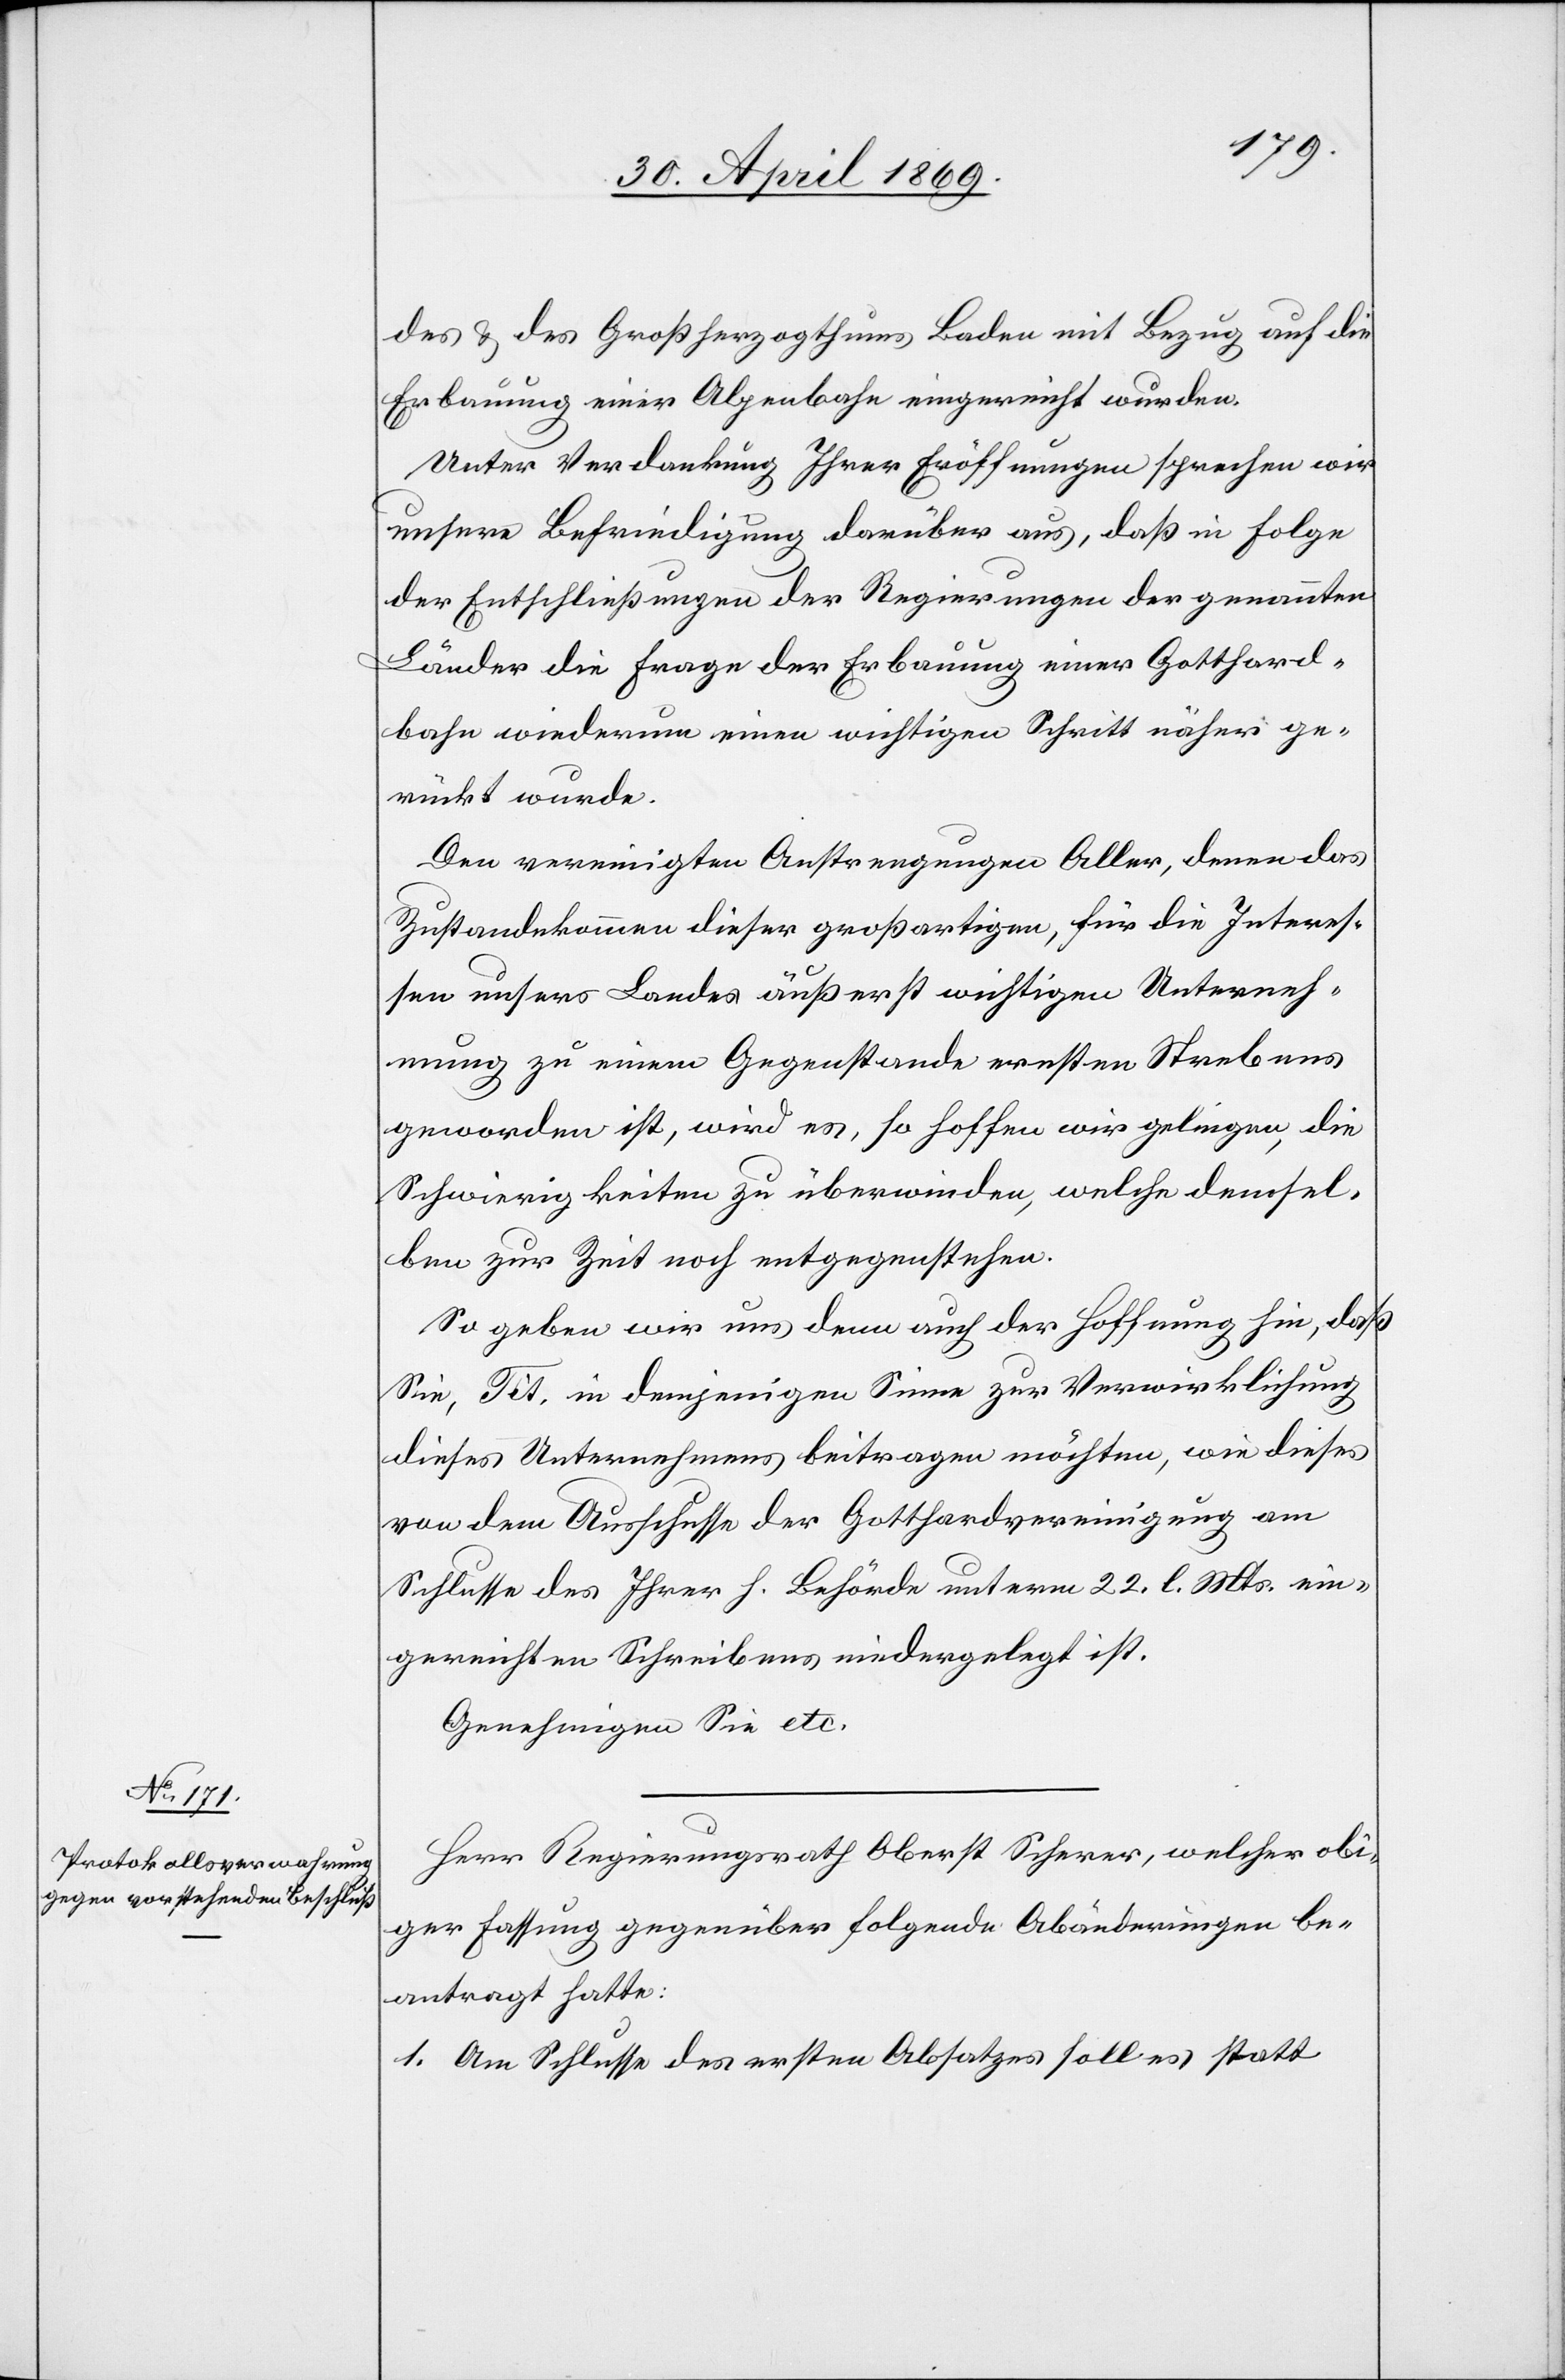
des u. des Großherzogthums Baden mit Bezug auf die
Erbauung einer Alpenbahn eingereicht wurden.
Unter Verdankung Ihrer Eröffnungen sprechen wir
unsere Befriedigung darüber aus, daß in Folge
der Entschließungen der Regierungen der genannten
Länder die Frage der Erbauung einer Gotthard¬
bahn wiederum einen wichtigen Schritt näher ge¬
rückt wurde.
Den vereinigten Anstrengungen Aller, denen das
Zustandekommen dieser großartigen, für die Interes¬
sen unsers Landes äußerst wichtigen Unterneh¬
mung zu einem Gegenstande ernsten Strebens
geworden ist, wird es, so hoffen wir, gelingen, die
Schwierigkeiten zu überwinden, welche densel¬
ben zur Zeit noch entgegenstehen.
So geben wir uns denn auch der Hoffnung hin, daß
Sie, Tit. in demjenigen Sinne zur Verwirklichung
dieses Unternehmens beitragen möchten, wie dieses
von dem Ausschusse der Gotthardvereinigung am
Schlusse des Ihrer h. Behörde unterm 22. l. Mts. ein¬
gereichten Schreibens niedergelegt ist.
Genehmigen Sie etc.
Herr Regierungsrath Oberst Scherrer, welcher obi¬
ger Fassung gegenüber folgende Abänderungen be¬
antragt hatte:
1. Am Schlusse des ersten Absatzes soll es statt